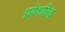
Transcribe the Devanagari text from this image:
प्रवेशछिद्र